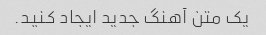
یک متن آهنگ جدید ایجاد کنید.